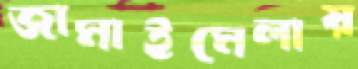
জামাইমেলায়